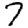
Digit: 7